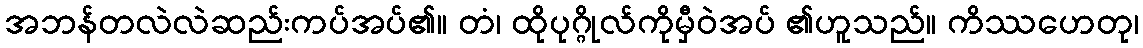
အဘန်တလဲလဲဆည်းကပ်အပ်၏။ တံ၊ ထိုပုဂ္ဂိုလ်ကိုမှီဝဲအပ် ၏ဟူသည်။ ကိဿဟေတု၊